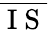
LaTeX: \overline{{\mathrm{~I~S~}}}